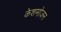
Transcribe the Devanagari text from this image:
केशमोजन